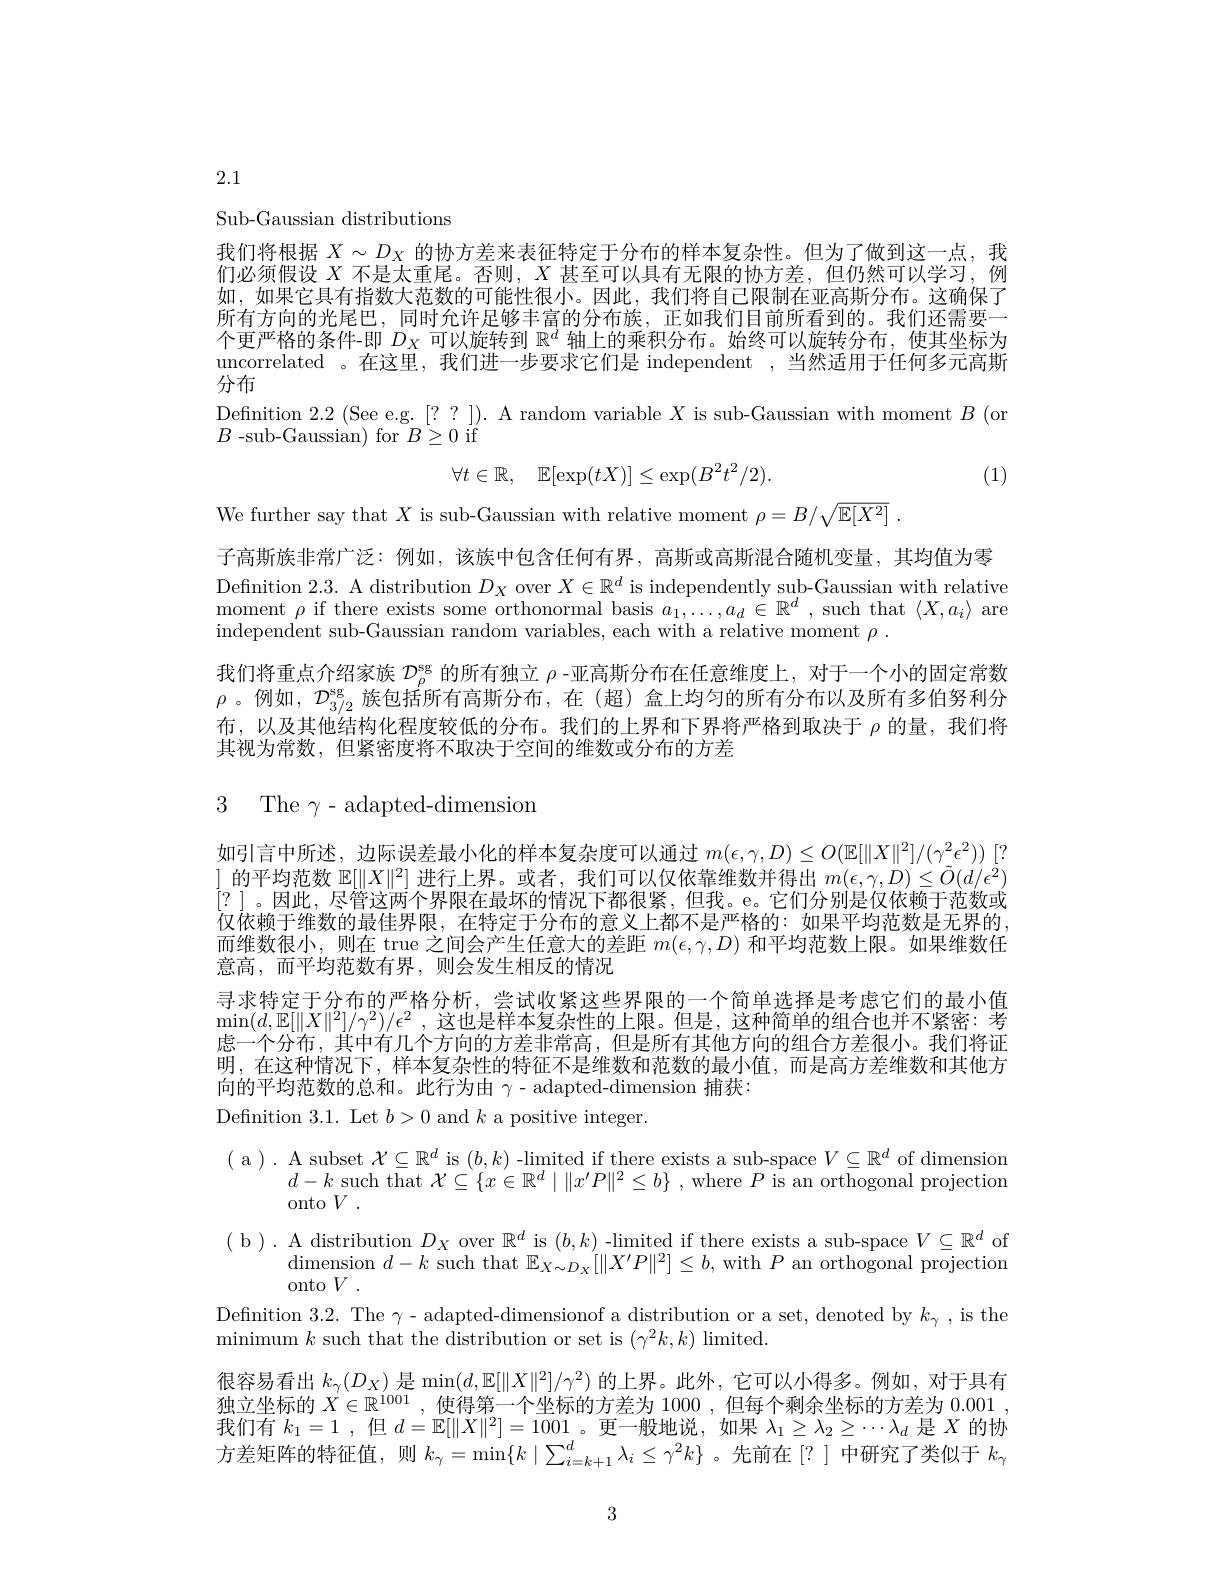
2.1

Sub-Gaussian distributions

我们将根据$X\sim D_X$的协方差来表征特定于分布的样本复杂性。但为了做到这一点，我们必须假设$X$不是太重尾。否则，$X$甚至可以具有无限的协方差，但仍然可以学习，例如，如果它具有指数大范数的可能性很小。因此，我们将自己限制在亚高斯分布。这确保了所有方向的光尾巴，同时允许足够丰富的分布族，正如我们目前所看到的。我们还需要一个更严格的条件-即$D_X$可以旋转到$\mathbb{R}^d$轴上的乘积分布。始终可以旋转分布，使其坐标为uncorrelated 。在这里，我们进一步要求它们是 independent ,当然适用于任何多元高期分布

$\begin{array}{l}\text{Definition 2.2(Seee.g.[??]).Arandom variable }X\text{ is sub-Gaussian with moment }B\\B\text{ -sub-Gaussian) for }B\geq0\text{ if}\end{array}$
$$\forall t\in\mathbb{R},\quad\mathbb{E}[\exp(tX)]\leq\exp(B^2t^2/2).$$
(1)

We further say that $X$ is sub-Gaussian with relative moment $\rho = B/ \sqrt {\mathbb{E} [ X^2] }$ .
子高斯族非常广泛：例如，该族中包含任何有界，高斯或高斯混合随机变量，其均值为零Definition 2.3. A distribution $D_X$ over $X\in\mathbb{R}^d$ is independently sub-Gaussian with relative moment $\rho$ if there exists some orthonormal basis $a_1,\ldots,a_d\in\mathbb{R}^d$ , such that $\langle X,a_i\rangle$ are independent sub-Gaussian random variables, each with a relative moment $\rho.$
我们将重点介绍家族$\mathcal{D}_\rho^\mathrm{sg}$的所有独立$\rho$ -亚高斯分布在任意维度上，对于一个小的固定常数$\rho$。例如，$\mathcal{D}_3/2^\mathrm{sg}$族包括所有高斯分布，在(超)盒上均匀的所有分布以及所有多伯努利分布，以及其他结构化程度较低的分布。我们的上界和下界将严格到取决于$\rho$的量，我们将其视为常数，但紧密度将不取决于空间的维数或分布的方差

3 The $\gamma-$adapted-dimension

如引言中所述，边际误差最小化的样本复杂度可以通过$m(\epsilon,\gamma,D)\leq O(\mathbb{E}[\|X\|^2]/(\gamma^2\epsilon^2))$ [? ]的平均范数$\mathbb{E}[\|X\|^2]$进行上界。或者，我们可以仅依靠维数并得出$m(\epsilon,\gamma,D)\leq\tilde{O}(d/\epsilon^2)$ [?] 。因此，尽管这两个界限在最坏的情况下都很紧，但我。e。它们分别是仅依赖于范数或仅依赖于维数的最佳界限，在特定于分布的意义上都不是严格的：如果平均范数是无界的而维数很小，则在 true 之间会产生任意大的差距$m(\epsilon,\gamma,D)$和平均范数上限。如果维数任意高，而平均范数有界，则会发生相反的情况
寻求特定于分布的严格分析，尝试收紧这些界限的一个简单选择是考虑它们的最小值$\min(d,\mathbb{E}[\|X\|^2]/\gamma^2)/\epsilon^2$ ,这也是样本复杂性的上限。但是，这种简单的组合也并不紧密：考虑一个分布，其中有几个方向的方差非常高，但是所有其他方向的组合方差很小。我们将证明，在这种情况下，样本复杂性的特征不是维数和范数的最小值，而是高方差维数和其他方向的平均范数的总和。此行为由$\gamma$ - adapted-dimension 捕获：
Definition 3.1. Let $b>0$ and $k$ a positive integer.

( a ). A subset $\mathcal{X}\subseteq\mathbb{R}^d$ is $(b,k)$ -limited if there exists a sub-space $V\subseteq\mathbb{R}^d$ of dimension
$d-k$ such that $\mathcal{X}\subseteq\{x\in\mathbb{R}^d\mid\|x^{\prime}P\|^2\leq b\}$ , where $P$ is an orthogonal projection
onto $V$ .
$\begin{array}{c}{\mathrm{(~b~).~A~distribution~D_{X}~over~}\mathbb{R}^{d}~is~(b,k)~-limited~if~there~exists~a~sub-space~}V\subseteq\mathbb{R}^{d}~\mathrm{of}\\{\mathrm{dimension~}d-k~\mathrm{such~that~}\mathbb{E}_{X\sim D_{X}}[\|X^{\prime}P\|^{2}]\leq b,~\mathrm{with~}P~\mathrm{an~orthogonal~projection}}\end{array}$
onto $V.$
Definition 3.2.The $\gamma-$adapted-dimensionof a distribution or a set, denoted by $k_{\gamma}$,is the
minimum $k$ such that the distribution or set is $(\gamma^2k,k)$ limited.
很容易看出$k_\gamma(D_X)$是$\min(d,\mathbb{E}[\|X\|^2]/\gamma^2)$的上界。此外，它可以小得多。例如，对于具有独立坐标的$X\in\mathbb{R}^{1001}$,使得第一个坐标的方差为 1000 ,但每个剩余坐标的方差为0.001, 我们有$k_1=1$ ,但$d=\mathbb{E}[\|X\|^2]=1001$。更一般地说，如果$\lambda_1\geq\lambda_2\geq\cdots\lambda_d$是$X$的协方差矩阵的特征值，则$k_\gamma=\min\{k\mid\sum_{i=k+1}^d\lambda_i\leq\gamma^2k\}$ 。先前在[?]中研究了类似于$k_\gamma$

3